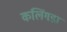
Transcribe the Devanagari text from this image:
कलिंगडा